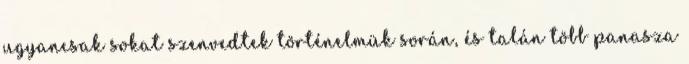
ugyancsak sokat szenvedtek történelmük során, és talán több panasza